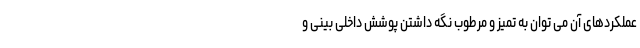
عملکردهای آن می توان به تمیز و مرطوب نگه داشتن پوشش داخلی بینی و